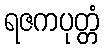
ရဇကပုတ္တံ